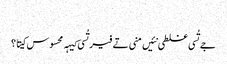
‏
جے تُسی غلطی نئیں منی تے فیر تُسی کیہہ محسوس کیتا؟